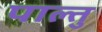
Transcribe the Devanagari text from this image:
पाल्तु